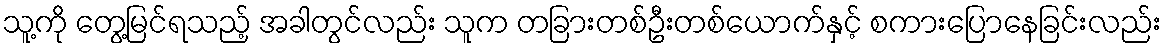
သူ့ကို တွေ့မြင်ရသည့် အခါတွင်လည်း သူက တခြားတစ်ဦးတစ်ယောက်နှင့် စကားပြောနေခြင်းလည်း